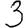
Digit: 3